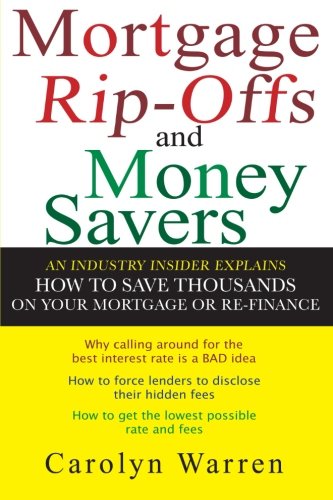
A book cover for Mortgage Ripoffs and Money Savers: An Industry Insider Explains How to Save Thousands on Your Mortgage or Re-Finance; Carolyn Warren; Business & Money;